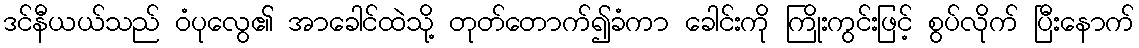
ဒင်နီယယ်သည် ဝံပုလွေ၏ အာခေါင်ထဲသို့ တုတ်တောက်၍ခံကာ ခေါင်းကို ကြိုးကွင်းဖြင့် စွပ်လိုက် ပြီးနောက်